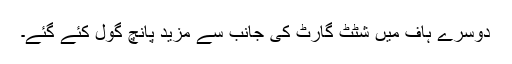
دوسرے ہاف میں شٹٹ گارٹ کی جانب سے مزید پانچ گول کئے گئے۔